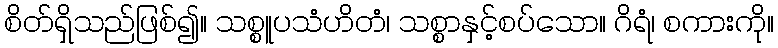
စိတ်ရှိသည်ဖြစ်၍။ သစ္စူပသံဟိတံ၊ သစ္စာနှင့်စပ်သော။ ဂိရံ၊ စကားကို။